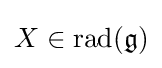
X\in \operatorname {rad} ({\mathfrak {g}})